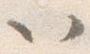
以